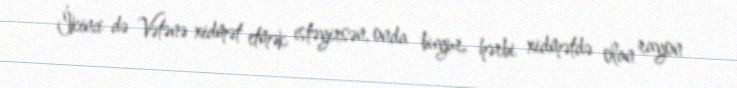
İkinci də Vətənə xidmət etmək istəyirsən, onda buyur, hərbi xidmətdə olan rayon